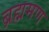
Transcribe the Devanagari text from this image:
ब्रह्ममण